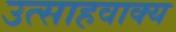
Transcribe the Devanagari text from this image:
उत्साहवाक्य